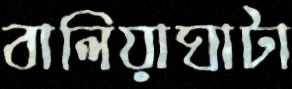
বালিয়াঘাটা